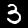
Digit: 3